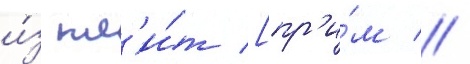
и́з пл'и́т [пр'и́м //